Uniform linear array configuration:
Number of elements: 12
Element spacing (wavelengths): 0.25
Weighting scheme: hamming
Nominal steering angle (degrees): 60
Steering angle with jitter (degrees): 61.959
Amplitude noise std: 0.05
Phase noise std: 0.05

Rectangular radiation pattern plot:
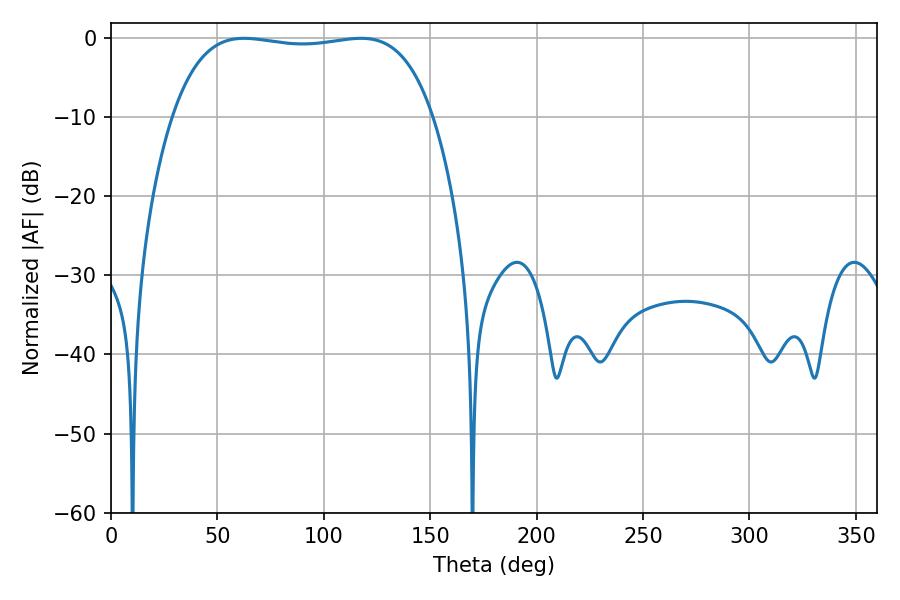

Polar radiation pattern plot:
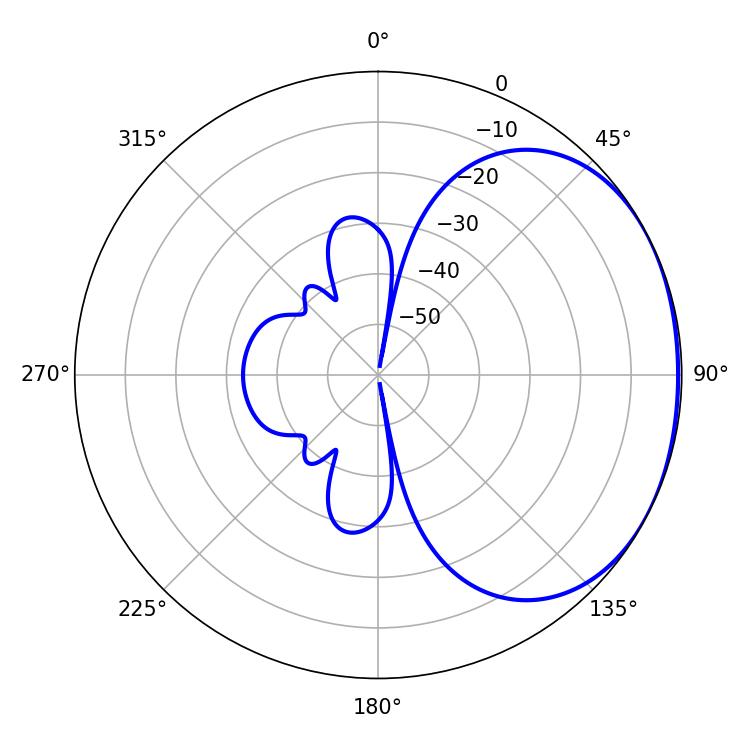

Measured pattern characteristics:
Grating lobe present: FALSE
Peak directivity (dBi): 1.5
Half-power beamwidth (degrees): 97.56
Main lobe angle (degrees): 62.46